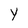
Character: Y